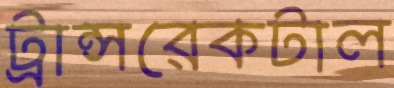
ট্রান্সরেকটাল